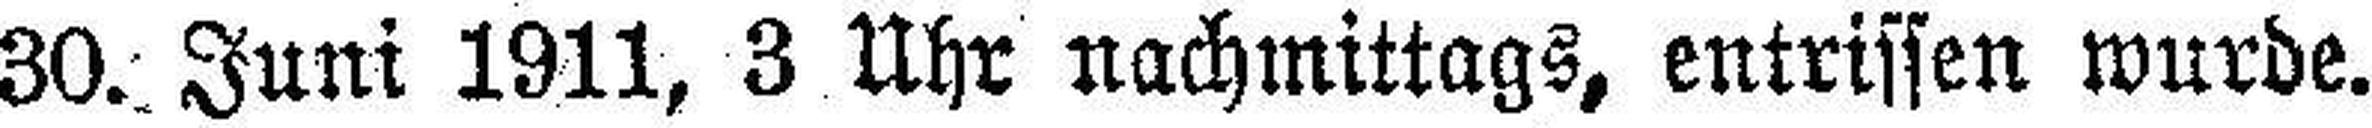
30. Juni 1911, 3 Uhr nachmittags, entrissen wurde.